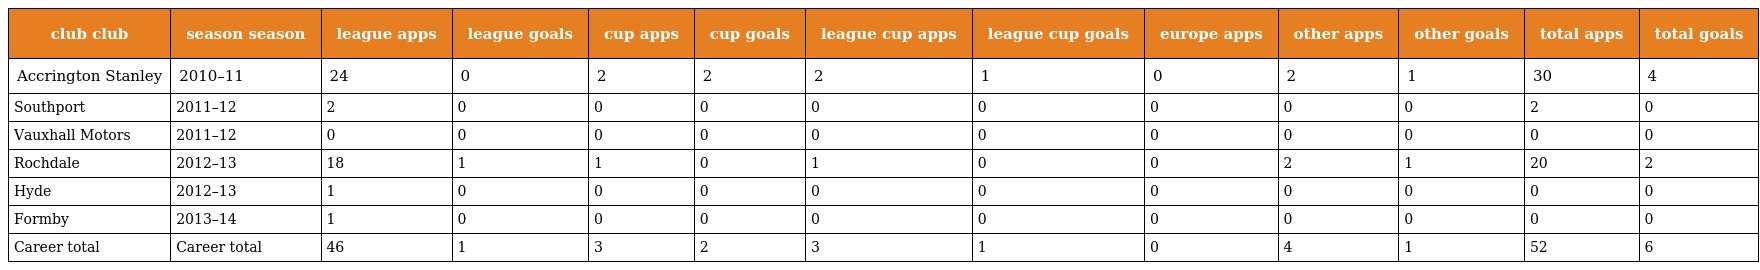
| club club | season season | league apps | league goals | cup apps | cup goals | league cup apps | league cup goals | europe apps | other apps | other goals | total apps | total goals |
 | --- | --- | --- | --- | --- | --- | --- | --- | --- | --- | --- | --- | --- |
 | Accrington Stanley | 2010–11 | 24 | 0 | 2 | 2 | 2 | 1 | 0 | 2 | 1 | 30 | 4 |
 | Southport | 2011–12 | 2 | 0 | 0 | 0 | 0 | 0 | 0 | 0 | 0 | 2 | 0 |
 | Vauxhall Motors | 2011–12 | 0 | 0 | 0 | 0 | 0 | 0 | 0 | 0 | 0 | 0 | 0 |
 | Rochdale | 2012–13 | 18 | 1 | 1 | 0 | 1 | 0 | 0 | 2 | 1 | 20 | 2 |
 | Hyde | 2012–13 | 1 | 0 | 0 | 0 | 0 | 0 | 0 | 0 | 0 | 0 | 0 |
 | Formby | 2013–14 | 1 | 0 | 0 | 0 | 0 | 0 | 0 | 0 | 0 | 0 | 0 |
 | Career total | Career total | 46 | 1 | 3 | 2 | 3 | 1 | 0 | 4 | 1 | 52 | 6 |